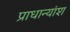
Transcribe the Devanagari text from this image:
प्राधान्यांश